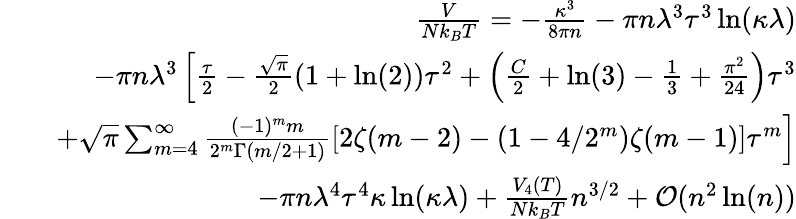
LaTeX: \begin{array}{rlr}&{}&{\frac{V}{Nk_{B}T}=-\frac{\kappa^{3}}{8\pi n}-\pi n\lambda^{3}\tau^{3}\ln(\kappa\lambda)}\\ &{}&{-\pi n\lambda^{3}\left[\frac{\tau}{2}-\frac{\sqrt{\pi}}{2}(1+\ln(2))\tau^{2}+\left(\frac{C}{2}+\ln(3)-\frac{1}{3}+\frac{\pi^{2}}{24}\right)\tau^{3}\right.}\\ &{}&{\left.+\sqrt{\pi}\sum_{m=4}^{\infty}\frac{(-1)^{m}m}{2^{m}\Gamma(m/2+1)}\left[2\zeta(m-2)-(1-4/2^{m})\zeta(m-1)\right]\tau^{m}\right]}\\ &{}&{-\pi n\lambda^{4}\tau^{4}\kappa\ln(\kappa\lambda)+\frac{V_{4}(T)}{Nk_{B}T}n^{3/2}+{\cal O}(n^{2}\ln(n))}\end{array}